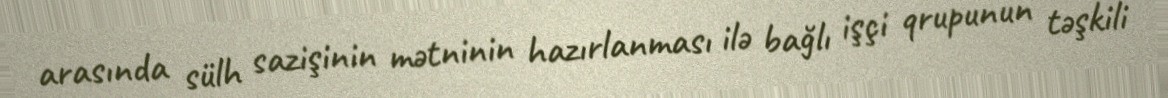
arasında sülh sazişinin mətninin hazırlanması ilə bağlı işçi qrupunun təşkili